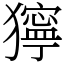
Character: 獰